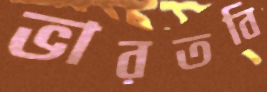
ভারতবি